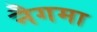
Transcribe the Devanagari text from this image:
नैगमा